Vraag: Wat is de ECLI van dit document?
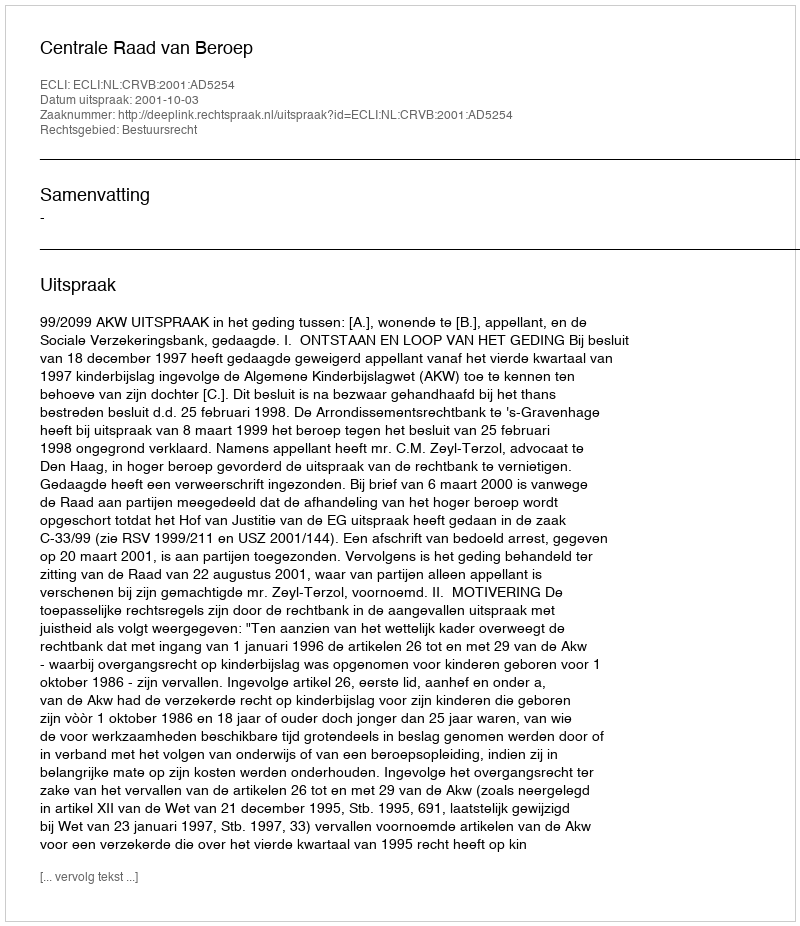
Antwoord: ECLI:NL:CRVB:2001:AD5254